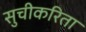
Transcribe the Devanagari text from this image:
सुचीकरिता